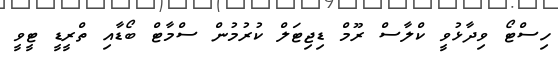
ހިސްޓޯ ވިދާޅުވީ ކްލާސް ރޫމް ޑިޖިޓަލް ކުރުމުން ސްމާޓް ބޯޑާއި ތްރީޑީ ޓީވީ